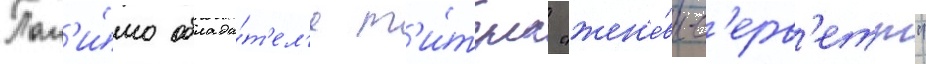
Пом'и́мо облада́т'ел'я т'и́тула "жен'е́вы-с'ерв'етт"